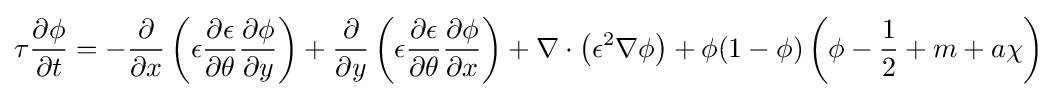
\tau {\frac {\partial \phi }{\partial t}}=-{\frac {\partial }{\partial x}}\left(\epsilon {\frac {\partial \epsilon }{\partial \theta }}{\frac {\partial \phi }{\partial y}}\right)+{\frac {\partial }{\partial y}}\left(\epsilon {\frac {\partial \epsilon }{\partial \theta }}{\frac {\partial \phi }{\partial x}}\right)+\nabla \cdot \left(\epsilon ^{2}\nabla \phi \right)+\phi (1-\phi )\left(\phi -{\frac {1}{2}}+m+a\chi \right)